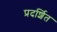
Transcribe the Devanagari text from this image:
प्रदर्शित